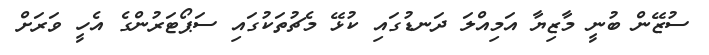
ސުޒޭން ބުނީ މާޒިޔާ އަމިއްލަ ދަނޑުގައި ކުޅޭ މެޗުތަކުގައި ސަޕޯޓަރުންގެ އެހީ ވަރަށް